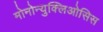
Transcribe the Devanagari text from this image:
मोनोन्युक्लिओसिस